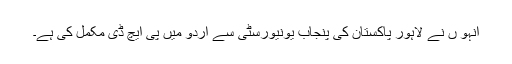
انہو ں نے لاہور پاکستان کی پنجاب یونیورسٹی سے اردو میں پی ایچ ڈی مکمل کی ہے۔